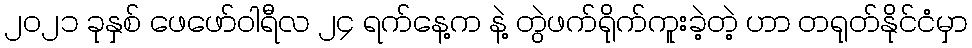
၂၀၂၁ ခုနှစ် ဖေဖော်ဝါရီလ ၂၄ ရက်နေ့က နဲ့ တွဲဖက်ရိုက်ကူးခဲ့တဲ့ ဟာ တရုတ်နိုင်ငံမှာ